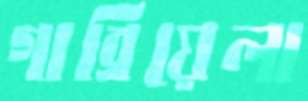
গাব্রিয়েলা